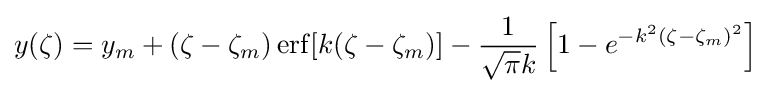
y(\zeta )=y_{m}+(\zeta -\zeta _{m})\operatorname {erf} [k(\zeta -\zeta _{m})]-{\frac {1}{{\sqrt {\pi }}k}}\left[1-e^{-k^{2}(\zeta -\zeta _{m})^{2}}\right]